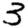
Digit: 3